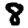
Digit: 8